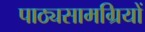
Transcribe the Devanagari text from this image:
पाठ्यसामग्रियों